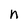
Character: n